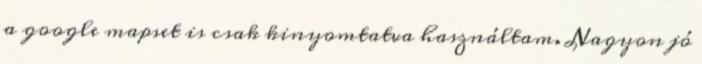
a google mapset is csak kinyomtatva használtam. Nagyon jó